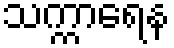
သက္ကာရေန